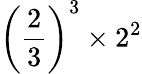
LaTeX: \left({\frac{2}{3}}\right)^{3}\times 2^{2}